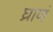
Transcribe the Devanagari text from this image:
घ्राणं